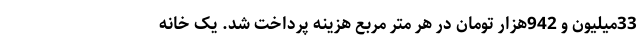
33میلیون و 942هزار تومان در هر متر مربع هزینه پرداخت شد. یک خانه